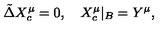
\tilde { \Delta } { X _ { c } ^ { \mu } } = 0 , \quad { X _ { c } ^ { \mu } } { | _ { B } } = { Y ^ { \mu } } ,